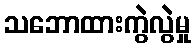
သဘောထားကွဲလွဲမှု